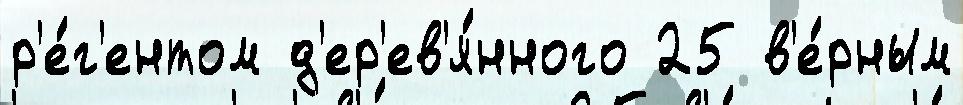
р'е́г'ентом д'ер'ев'я́нного 25 в'е́рным